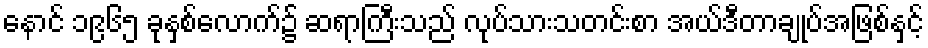
နောင် ၁၉၆၅ ခုနှစ်လောက်၌ ဆရာကြီးသည် လုပ်သားသတင်းစာ အယ်ဒီတာချုပ်အဖြစ်နှင့်